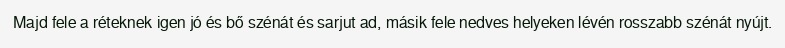
Majd fele a réteknek igen jó és bő szénát és sarjut ad, másik fele nedves helyeken lévén rosszabb szénát nyújt.